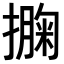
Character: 𢵁